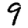
Digit: 9